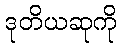
ဒုတိယဆုကို